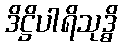
ဒိဋ္ဌိပါရိသုဒ္ဓိ